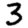
Digit: 3